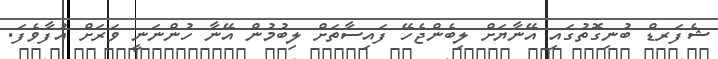
ޝެފަރޑް ބުނިގޮތުގައި އޭނާޔަށް ލިބެންޖެހޭ ފައިސާތަށް ލިބުމުން އޭނާ ހުންނަނީ ވަރަށް އުފާވެފަ.